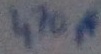
Text: 470pF